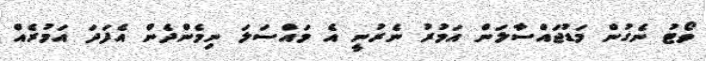
ވޯޓު ނެގުން މަޑުޖައްސާލަން އަމުރު ނެރުނީ އެ މައްސަލަ ނިމެންދެން އެފަދަ އަމުރެއް